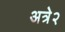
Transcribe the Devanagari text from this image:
अत्रे२